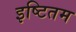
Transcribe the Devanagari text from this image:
इष्टितम